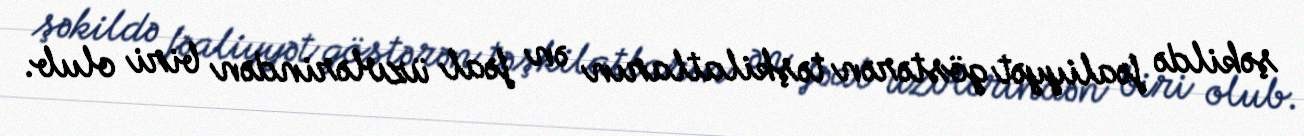
şəkildə fəaliyyət göstərən təşkilatların ən fəal üzvlərindən biri olub.